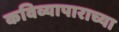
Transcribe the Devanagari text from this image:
कविव्यापाराच्या